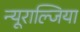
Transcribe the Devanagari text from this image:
न्यूराल्जिया